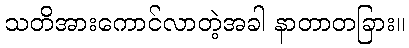
သတိအားကောင်လာတဲ့အခါ နာတာတခြား။